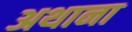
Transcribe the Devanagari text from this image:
अथाना